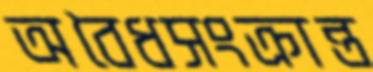
অবৈধসংক্রান্ত